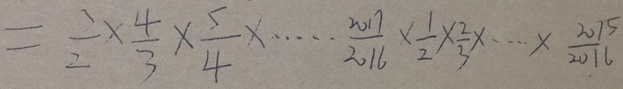
= \frac { 3 } { 2 } \times \frac { 4 } { 3 } \times \frac { 5 } { 4 } \times \cdots \times \frac { 2 0 1 7 } { 2 0 1 6 } \times \frac { 1 } { 2 } \times \frac { 2 } { 3 } \times \cdots \times \frac { 2 0 1 5 } { 2 0 1 6 }